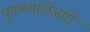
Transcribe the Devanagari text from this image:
पुतळ्याशेजारी